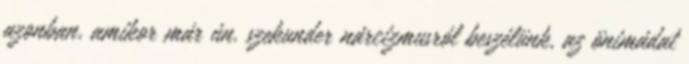
azonban, amikor már ún. szekunder nárcizmusról beszélünk, az önimádat